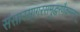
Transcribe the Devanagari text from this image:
संसारसागरसमुद्धरणैकमन्त्रम्